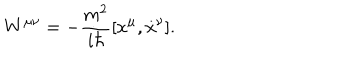
LaTeX: W ^ { \mu \nu } = - { \frac { m ^ { 2 } } { i \hbar } } [ \dot { x } ^ { \mu } , \dot { x } ^ { \nu } ] .